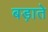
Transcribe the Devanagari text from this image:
बड़ाते